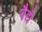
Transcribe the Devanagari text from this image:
वैद्ये